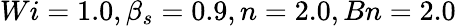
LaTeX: Wi=1.0,\beta_{s}=0.9,n=2.0,Bn=2.0